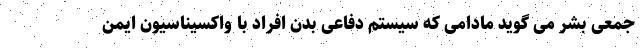
جمعی بشر می گوید مادامی که سیستم دفاعی بدن افراد با واکسیناسیون ایمن